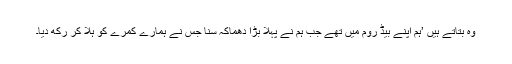
وہ بتاتے ہیں ’ہم اپنے بیڈ روم میں تھے جب ہم نے پہلا بڑا دھماکہ سنا جس نے ہمارے کمرے کو ہلا کر رکھ دیا۔